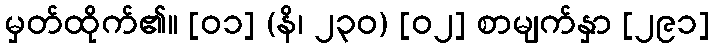
မှတ်ထိုက်၏။ [၀၁] (နိ၊ ၂၃၀) [၀၂] စာမျက်နှာ [၂၉၁]